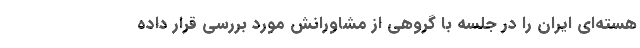
هسته‌ای ایران را در جلسه با گروهی از مشاورانش مورد بررسی قرار داده